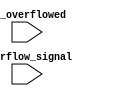
module Counter_Threshold_Trigger(
		input 														 overflow_signal,
		input 														   is_overflowed
		);
		
		assign is_overflowed = (overflow_signal)?(1):(0);
		
endmodule